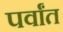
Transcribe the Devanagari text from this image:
पर्वांत